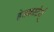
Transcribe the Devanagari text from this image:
हेडक्वार्टर्स्